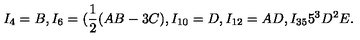
I _ { 4 } = B , I _ { 6 } = ( \frac { 1 } { 2 } ( A B - 3 C ) , I _ { 1 0 } = D , I _ { 1 2 } = A D , I _ { 3 5 } 5 ^ { 3 } D ^ { 2 } E .